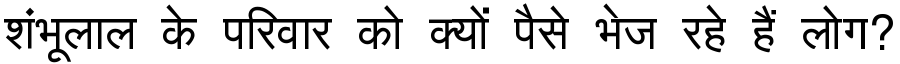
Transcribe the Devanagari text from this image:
शंभूलाल के परिवार को क्यों पैसे भेज रहे हैं लोग?